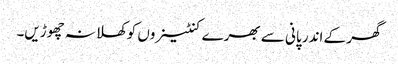
گھر کے اندر پانی سے بھرے کنٹینروں کوکھلا نہ چھوڑیں۔